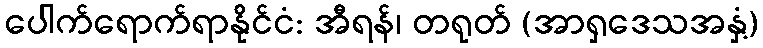
ပေါက်ရောက်ရာနိုင်ငံ: အီရန်၊ တရုတ် (အာရှဒေသအနှံ့)